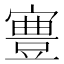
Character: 𡫋